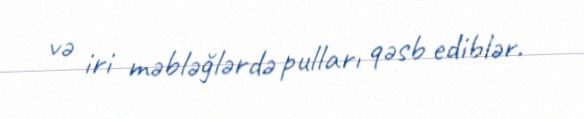
və iri məbləğlərdə pulları qəsb ediblər.